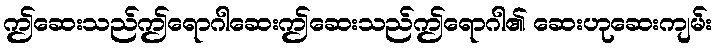
ဤဆေးသည်ဤရောဂါဆေးဤဆေးသည်ဤရောဂါ၏ ဆေးဟုဆေးကျမ်း